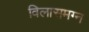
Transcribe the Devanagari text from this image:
विलासमग्न